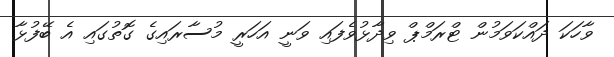
ވާހަކަ ދައްކަވަމުން ޓްރަމްޕް ވިދާޅުވެފައި ވަނީ އަހަރީ މުސާރައިގެ ގޮތުގައި އެ ބޭފުޅާ